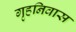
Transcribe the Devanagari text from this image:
गृहनिवास